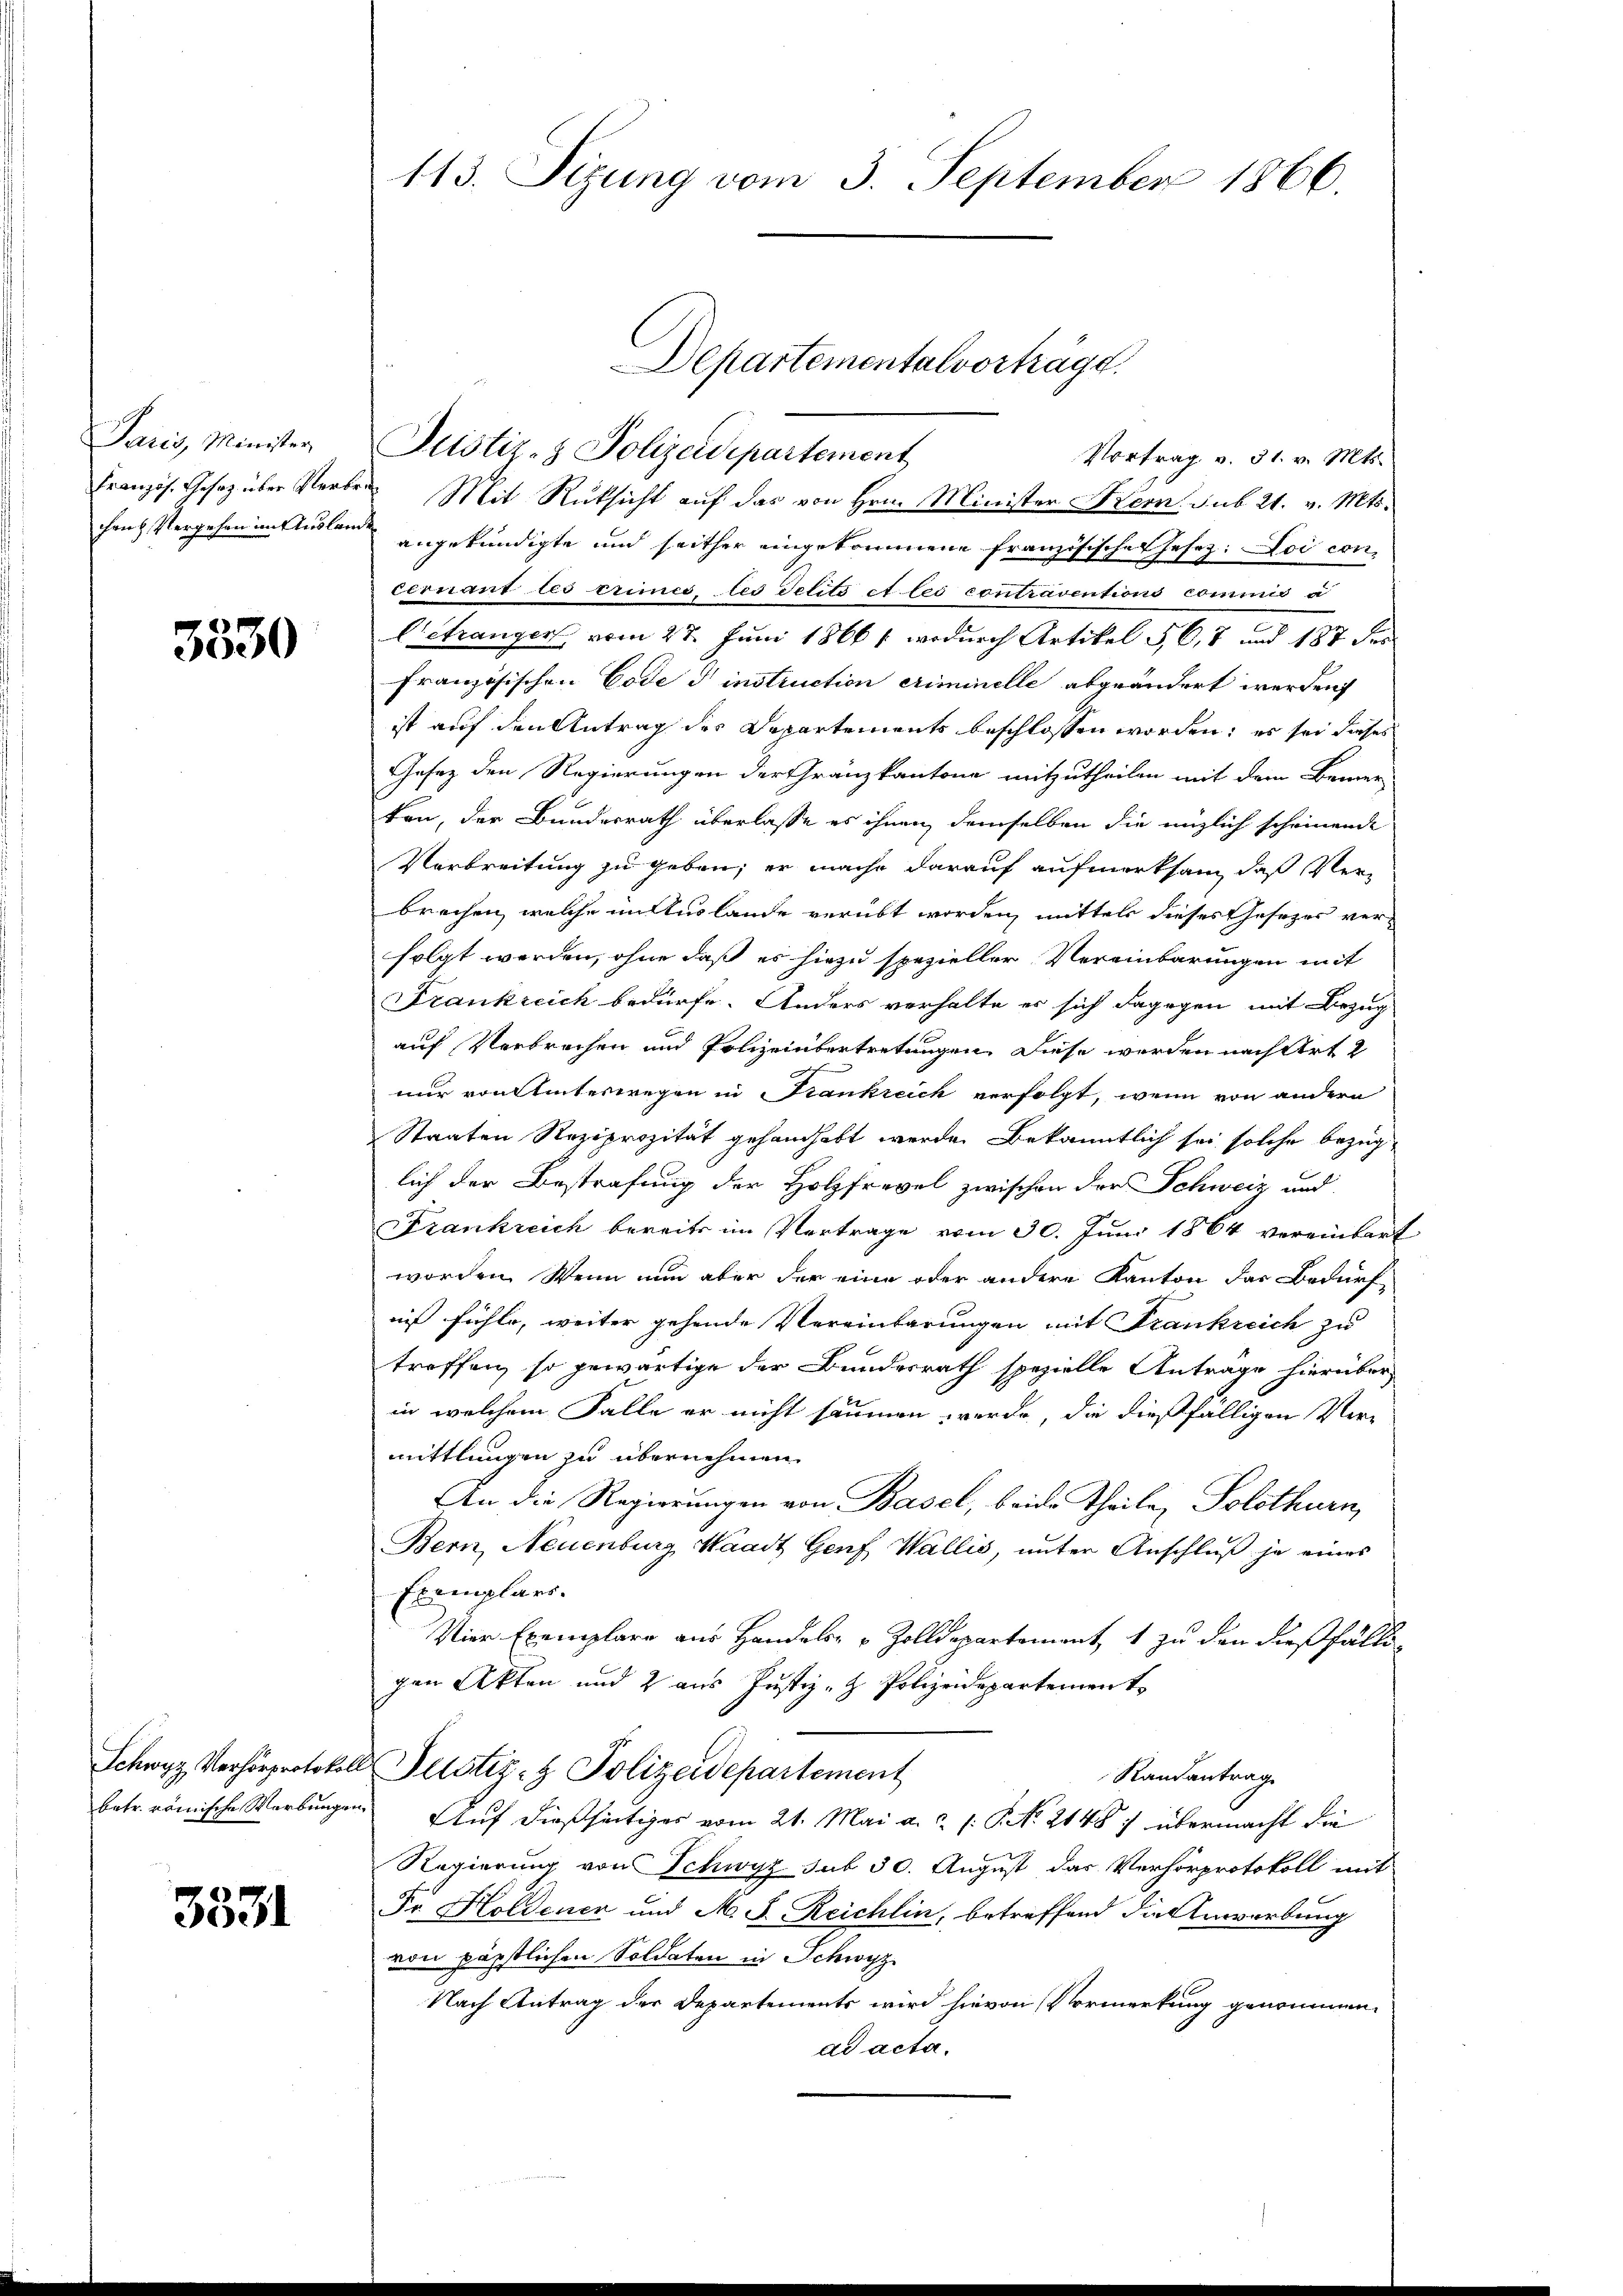
Paris, Minister,
Französ. Gesetz über Verbr
chen Vergehen im Auslan

3530

Schwyz Verhörprotokol
betr. römische Marbungen

3331

113. Sizung vom 3. September 1866.

Justiz- & Polizeidepartement
Vortrag v. 31. v. Mts.
 Mit Rücksicht auf das von Hrn. Minister Krem. sub 21. v. Mts.
angekündigte und seither eingekommene Französische Gesez: Loi concernant les crimes les delits et les contraventions commis
Cetranger, vom 27. Juni 1866 / wodurch Artikel 5, 6, 7 und 187 der
französischen Code d instruction criminelle abgeändert werden
ist auf den Antrag des Departements beschlossen worden; es sei dieses
Gesez den Regierungen der Gränzkantone mitzutheilen mit dem Bemer-
ten, der Bundesrath überlasse es ihnen demselben die möglich scheinende
Verbreitung zu geben; er mache darauf aufmerksam, daß Verbrechen, welche in Auslande verübt worden, mittels dieses Gesezes verfolgt werden, ohne daß es hiezu spezieller Vereinbarungen mit
Frankreich bedürfe. Anders verhalte es sich dagegen mit Bezug
auf Verbrechen und Polizeiübertretungen diese werden nach Art 2
nur von hinterwegen in Krankreich verfolgt, wenn von andern
Staaten Reziprozität gehandhabt werde. Bekanntlich sei solche bezug
lich der Bestrafung der Holzfrevel zwischen der Schweiz und
Frankreich bereits im Vertrage vom 30. Juni 1864 vereinbart
worden. Wenn nun aber der eine oder andere Kanton das Bedürf
niß fühle, weiter gehende Vereinbarungen mit Frankreich zu
treffen, so gewärtige der Bundesrath spezielle Antrage hierüber
in welchem Falle er nicht säumen werde, die dießfälligen Vermittlungen zu übernehmen.
An die Regierungen von Basel, beide Theile, Solothurn,
Bern, Neuenburg, Waadt Genf Wallis, unter Anschluß je eines
Exemplars.
Vier Exemplare aus Handels- & Zolldepartement, 1 zu den dießfällt
gen Akten und 2 aus Justiz- & Polizeidepartement
Justiz- & Polizeidepartement
Randantrag
Auf dießseitiges vom 21. Mai a. p. NNo. 2148: übermacht die
Regierung von Schwyz sub 30. August das Verhörprotokoll mit
Fr. Holdenen und M. D. Reichlin, betreffend die Anwerbung
von päpstlichen Soldaten in Schwyz
Nach Antrag der Departements wird hievon Vormerkung genommen
ad acta.

Departemental vorträge.